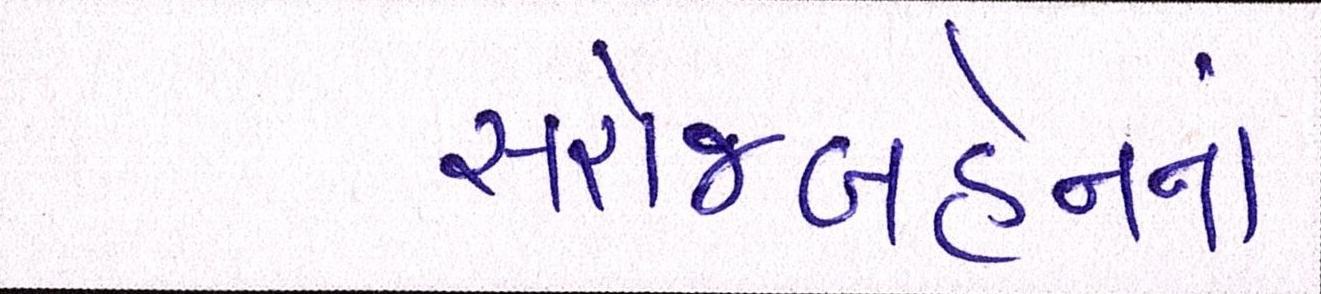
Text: સરોજબહેનનાં